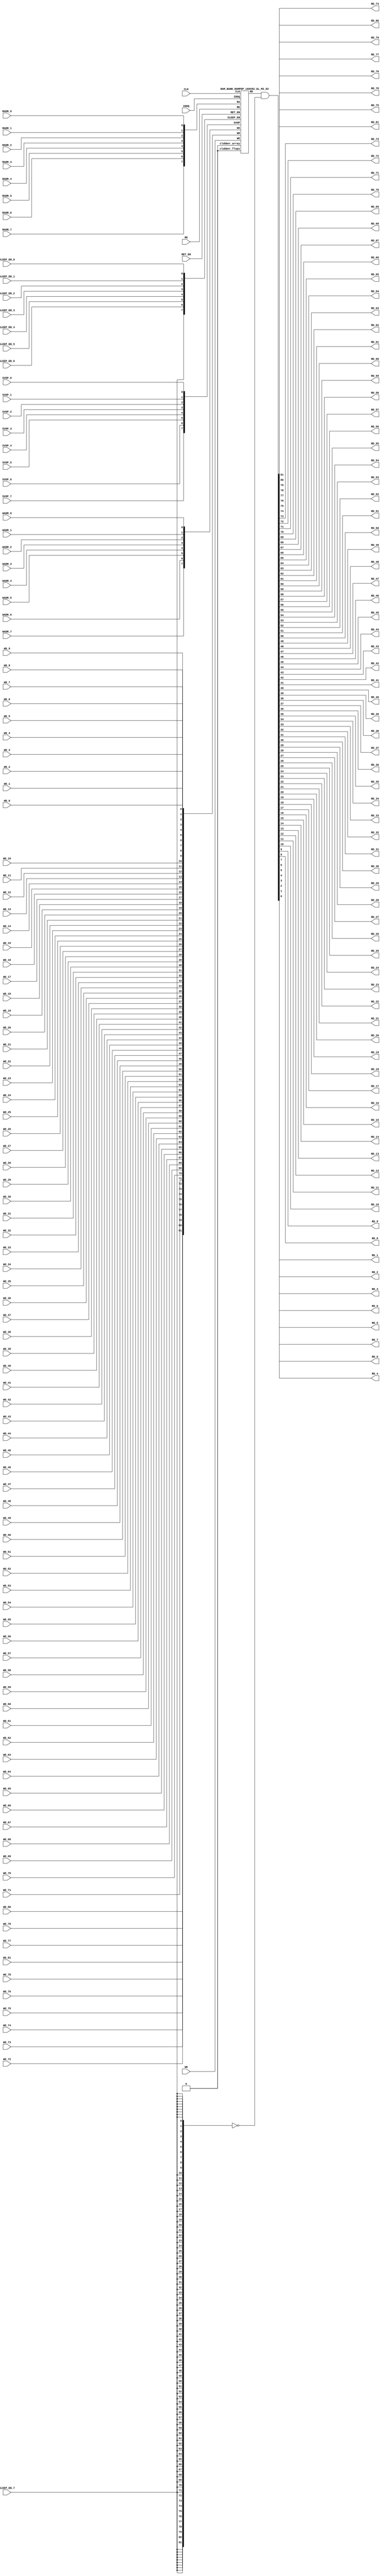
// ================================================================
// NVDLA Open Source Project
// 
// Copyright(c) 2016 - 2017 NVIDIA Corporation.  Licensed under the
// NVDLA Open Hardware License; Check "LICENSE" which comes with 
// this distribution for more information.
// ================================================================


`ifdef EMULATION
	`define SYNTHESIS
`endif

`ifndef SYNTHESIS
	`ifdef FAULT_INJECTION
		`define SIM_and_FAULT
	`endif
`endif

`ifndef SYNTHESIS
	`ifdef MONITOR
		`define SIM_and_MONITOR
	`endif
`endif


`ifndef SYNTHESIS 
`timescale 10ps/1ps
`endif 
`celldefine
module RAMPDP_160X82_GL_M2_D2 (  WE,  CLK, IDDQ, SVOP_0, SVOP_1, SVOP_2, SVOP_3, SVOP_4, SVOP_5, SVOP_6, SVOP_7 
,WD_81, WD_80, WD_79, WD_78, WD_77, WD_76, WD_75, WD_74, WD_73, WD_72, WD_71, WD_70, WD_69, WD_68, WD_67, WD_66, WD_65, WD_64, WD_63, WD_62, WD_61, WD_60, WD_59, WD_58, WD_57, WD_56, WD_55, WD_54, WD_53, WD_52, WD_51, WD_50, WD_49, WD_48, WD_47, WD_46, WD_45, WD_44, WD_43, WD_42, WD_41, WD_40, WD_39, WD_38, WD_37, WD_36, WD_35, WD_34, WD_33, WD_32, WD_31, WD_30, WD_29, WD_28, WD_27, WD_26, WD_25, WD_24, WD_23, WD_22, WD_21, WD_20, WD_19, WD_18, WD_17, WD_16, WD_15, WD_14, WD_13, WD_12, WD_11, WD_10, WD_9, WD_8, WD_7, WD_6, WD_5, WD_4, WD_3, WD_2, WD_1, WD_0,RD_81, RD_80, RD_79, RD_78, RD_77, RD_76, RD_75, RD_74, RD_73, RD_72, RD_71, RD_70, RD_69, RD_68, RD_67, RD_66, RD_65, RD_64, RD_63, RD_62, RD_61, RD_60, RD_59, RD_58, RD_57, RD_56, RD_55, RD_54, RD_53, RD_52, RD_51, RD_50, RD_49, RD_48, RD_47, RD_46, RD_45, RD_44, RD_43, RD_42, RD_41, RD_40, RD_39, RD_38, RD_37, RD_36, RD_35, RD_34, RD_33, RD_32, RD_31, RD_30, RD_29, RD_28, RD_27, RD_26, RD_25, RD_24, RD_23, RD_22, RD_21, RD_20, RD_19, RD_18, RD_17, RD_16, RD_15, RD_14, RD_13, RD_12, RD_11, RD_10, RD_9, RD_8, RD_7, RD_6, RD_5, RD_4, RD_3, RD_2, RD_1, RD_0, RE
, RADR_7, RADR_6, RADR_5, RADR_4, RADR_3, RADR_2, RADR_1, RADR_0, WADR_7, WADR_6, WADR_5, WADR_4, WADR_3, WADR_2, WADR_1, WADR_0, SLEEP_EN_7, SLEEP_EN_6, SLEEP_EN_5, SLEEP_EN_4, SLEEP_EN_3, SLEEP_EN_2, SLEEP_EN_1, SLEEP_EN_0, RET_EN
);

// nvProps NoBus SLEEP_EN_

`ifndef RAM_INTERFACE
`ifndef SYNTHESIS
// Physical ram size defined as localparam
parameter phy_rows = 80;
parameter phy_cols = 164;
parameter phy_rcols_pos = 164'b00000000000000000000000000000000000000000000000000000000000000000000000000000000000000000000000000000000000000000000000000000000000000000000000000000000000000000000;

`endif //SYNTHESIS
`endif //RAM_INTERFACE

// Test mode control ports
input IDDQ;
// Clock port
input CLK;
// SVOP ports
input SVOP_0, SVOP_1, SVOP_2, SVOP_3, SVOP_4, SVOP_5, SVOP_6, SVOP_7;
// Write data ports
input WD_81, WD_80, WD_79, WD_78, WD_77, WD_76, WD_75, WD_74, WD_73, WD_72, WD_71, WD_70, WD_69, WD_68, WD_67, WD_66, WD_65, WD_64, WD_63, WD_62, WD_61, WD_60, WD_59, WD_58, WD_57, WD_56, WD_55, WD_54, WD_53, WD_52, WD_51, WD_50, WD_49, WD_48, WD_47, WD_46, WD_45, WD_44, WD_43, WD_42, WD_41, WD_40, WD_39, WD_38, WD_37, WD_36, WD_35, WD_34, WD_33, WD_32, WD_31, WD_30, WD_29, WD_28, WD_27, WD_26, WD_25, WD_24, WD_23, WD_22, WD_21, WD_20, WD_19, WD_18, WD_17, WD_16, WD_15, WD_14, WD_13, WD_12, WD_11, WD_10, WD_9, WD_8, WD_7, WD_6, WD_5, WD_4, WD_3, WD_2, WD_1, WD_0;
// Read data ports
output RD_81, RD_80, RD_79, RD_78, RD_77, RD_76, RD_75, RD_74, RD_73, RD_72, RD_71, RD_70, RD_69, RD_68, RD_67, RD_66, RD_65, RD_64, RD_63, RD_62, RD_61, RD_60, RD_59, RD_58, RD_57, RD_56, RD_55, RD_54, RD_53, RD_52, RD_51, RD_50, RD_49, RD_48, RD_47, RD_46, RD_45, RD_44, RD_43, RD_42, RD_41, RD_40, RD_39, RD_38, RD_37, RD_36, RD_35, RD_34, RD_33, RD_32, RD_31, RD_30, RD_29, RD_28, RD_27, RD_26, RD_25, RD_24, RD_23, RD_22, RD_21, RD_20, RD_19, RD_18, RD_17, RD_16, RD_15, RD_14, RD_13, RD_12, RD_11, RD_10, RD_9, RD_8, RD_7, RD_6, RD_5, RD_4, RD_3, RD_2, RD_1, RD_0;
// Read enable ports
input RE;
// Write enable ports
input WE;
// Read address ports
input RADR_7, RADR_6, RADR_5, RADR_4, RADR_3, RADR_2, RADR_1, RADR_0;
// Write address ports
input WADR_7, WADR_6, WADR_5, WADR_4, WADR_3, WADR_2, WADR_1, WADR_0;

// PG Zone enables
input SLEEP_EN_0, SLEEP_EN_1, SLEEP_EN_2, SLEEP_EN_3, SLEEP_EN_4, SLEEP_EN_5, SLEEP_EN_6, SLEEP_EN_7, RET_EN;

`ifndef RAM_INTERFACE
wire VDD = 1'b1;
wire GND  = 1'b0;

// Combine the sleep enable pins into one bus
	wire [7:0] SLEEP_EN = {SLEEP_EN_7, SLEEP_EN_6, SLEEP_EN_5, SLEEP_EN_4, SLEEP_EN_3, SLEEP_EN_2, SLEEP_EN_1, SLEEP_EN_0};

// Signal to clamp the outputs when the VDD is power gated off.
	wire clamp_rd   = SLEEP_EN[7] ;

// State point clobering signals
// X-out state points when their power goes out
    wire clobber_x;
`ifndef SYNTHESIS
`ifdef DISABLE_REPAIR_X
    wire check_x = (RET_EN ^ (^SLEEP_EN[7:0]) ^  SVOP_0 ^ SVOP_1 ^ SVOP_2 ^ SVOP_3 ^ SVOP_4 ^ SVOP_5 ^ SVOP_6 ^ SVOP_7);
`else 
    wire check_x = (RET_EN ^ (^SLEEP_EN[7:0]) ^  SVOP_0 ^ SVOP_1 ^ SVOP_2 ^ SVOP_3 ^ SVOP_4 ^ SVOP_5 ^ SVOP_6 ^ SVOP_7 );
`endif 
    assign clobber_x = ((check_x === 1'bx) || (check_x === 1'bz))?1'b1:1'b0;
 
    wire clobber_array = (~RET_EN & (|SLEEP_EN[3:0]))  | clobber_x;
    wire clobber_flops = (|SLEEP_EN[7:4]) | clobber_x ;
`else //SYNTHESIS
    wire clobber_array = 1'b0;
    wire clobber_flops = 1'b0;
    assign clobber_x = 1'b0;
`endif //SYNTHESIS 

// Output valid signal
// Outputs are unknown in non-retention mode if VDDM is powered up , but VDD is not 
    wire outvalid;
	assign outvalid = ~(clobber_x | (~RET_EN & (|SLEEP_EN[3:0]) & (|(~SLEEP_EN[7:4]))));


//assemble & rename wires
// Extend the MSB's of the read/write addresses to cover all the flop inputs
// The number of address flops is fixed. Also combine all the individual *_* bits into one bus
	wire [7:0] RA = {RADR_7, RADR_6, RADR_5, RADR_4, RADR_3, RADR_2, RADR_1, RADR_0};
	wire [7:0] WA = {WADR_7, WADR_6, WADR_5, WADR_4, WADR_3, WADR_2, WADR_1, WADR_0};
// Combine all the write data input bits
	wire [81:0] WD = {WD_81, WD_80, WD_79, WD_78, WD_77, WD_76, WD_75, WD_74, WD_73, WD_72, WD_71, WD_70, WD_69, WD_68, WD_67, WD_66, WD_65, WD_64, WD_63, WD_62, WD_61, WD_60, WD_59, WD_58, WD_57, WD_56, WD_55, WD_54, WD_53, WD_52, WD_51, WD_50, WD_49, WD_48, WD_47, WD_46, WD_45, WD_44, WD_43, WD_42, WD_41, WD_40, WD_39, WD_38, WD_37, WD_36, WD_35, WD_34, WD_33, WD_32, WD_31, WD_30, WD_29, WD_28, WD_27, WD_26, WD_25, WD_24, WD_23, WD_22, WD_21, WD_20, WD_19, WD_18, WD_17, WD_16, WD_15, WD_14, WD_13, WD_12, WD_11, WD_10, WD_9, WD_8, WD_7, WD_6, WD_5, WD_4, WD_3, WD_2, WD_1, WD_0};
	wire [81:0] RD;
// Expand the read data bus into individual output bits
//	assign {RD_81, RD_80, RD_79, RD_78, RD_77, RD_76, RD_75, RD_74, RD_73, RD_72, RD_71, RD_70, RD_69, RD_68, RD_67, RD_66, RD_65, RD_64, RD_63, RD_62, RD_61, RD_60, RD_59, RD_58, RD_57, RD_56, RD_55, RD_54, RD_53, RD_52, RD_51, RD_50, RD_49, RD_48, RD_47, RD_46, RD_45, RD_44, RD_43, RD_42, RD_41, RD_40, RD_39, RD_38, RD_37, RD_36, RD_35, RD_34, RD_33, RD_32, RD_31, RD_30, RD_29, RD_28, RD_27, RD_26, RD_25, RD_24, RD_23, RD_22, RD_21, RD_20, RD_19, RD_18, RD_17, RD_16, RD_15, RD_14, RD_13, RD_12, RD_11, RD_10, RD_9, RD_8, RD_7, RD_6, RD_5, RD_4, RD_3, RD_2, RD_1, RD_0} = (outvalid) ? RD : 82'bx;
// Do the read data swizzing based on the number of words and bits. 
`ifndef SYNTHESIS
	assign {RD_81, RD_80, RD_79, RD_78, RD_77, RD_76, RD_75, RD_74, RD_73, RD_72, RD_71, RD_70, RD_69, RD_68, RD_67, RD_66, RD_65, RD_64, RD_63, RD_62, RD_61, RD_60, RD_59, RD_58, RD_57, RD_56, RD_55, RD_54, RD_53, RD_52, RD_51, RD_50, RD_49, RD_48, RD_47, RD_46, RD_45, RD_44, RD_43, RD_42, RD_41, RD_40, RD_39, RD_38, RD_37, RD_36, RD_35, RD_34, RD_33, RD_32, RD_31, RD_30, RD_29, RD_28, RD_27, RD_26, RD_25, RD_24, RD_23, RD_22, RD_21, RD_20, RD_19, RD_18, RD_17, RD_16, RD_15, RD_14, RD_13, RD_12, RD_11, RD_10, RD_9, RD_8, RD_7, RD_6, RD_5, RD_4, RD_3, RD_2, RD_1, RD_0} = (outvalid) ? RD & ~{82{clamp_rd}} : 82'bx;
`else
	assign {RD_81, RD_80, RD_79, RD_78, RD_77, RD_76, RD_75, RD_74, RD_73, RD_72, RD_71, RD_70, RD_69, RD_68, RD_67, RD_66, RD_65, RD_64, RD_63, RD_62, RD_61, RD_60, RD_59, RD_58, RD_57, RD_56, RD_55, RD_54, RD_53, RD_52, RD_51, RD_50, RD_49, RD_48, RD_47, RD_46, RD_45, RD_44, RD_43, RD_42, RD_41, RD_40, RD_39, RD_38, RD_37, RD_36, RD_35, RD_34, RD_33, RD_32, RD_31, RD_30, RD_29, RD_28, RD_27, RD_26, RD_25, RD_24, RD_23, RD_22, RD_21, RD_20, RD_19, RD_18, RD_17, RD_16, RD_15, RD_14, RD_13, RD_12, RD_11, RD_10, RD_9, RD_8, RD_7, RD_6, RD_5, RD_4, RD_3, RD_2, RD_1, RD_0} =  RD & ~{82{clamp_rd}};
`endif
	wire [7:0] SVOP = {SVOP_7, SVOP_6, SVOP_5, SVOP_4, SVOP_3, SVOP_2, SVOP_1, SVOP_0};


`ifndef EMULATION

// Instantiate memory bank
// This block defines the core functionality of the rams.
	RAM_BANK_RAMPDP_160X82_GL_M2_D2 ITOP ( WE, CLK, IDDQ, SVOP, WD, RD, RE, RA, WA
, SLEEP_EN
,  RET_EN, clobber_array , clobber_flops 
);

`ifndef SYNTHESIS 
// Tasks for initializing the arrays
//VCS coverage off    
always  @(clobber_array) begin : clobber_array_block
    integer i;
    if (clobber_array) begin
	    for (i=0; i<160; i=i+1) begin
		     mem_wr_raw(i, {82{1'bx}});
		end
    end
end


always  @(clobber_flops) begin
  if (clobber_flops) begin
      ITOP.RE_LATB <= 1'bx;
      ITOP.RE_FF <= 1'bx;
      ITOP.WE_LATB <= 1'bx;
      ITOP.WE_FF <= 1'bx;
      ITOP.RADR <= 8'bx;
      ITOP.WADR <= 8'bx;
      ITOP.WAFF <= 8'bx;
      ITOP.WDQ_pr <= 82'bx;
      ITOP.dout <= 82'bx;
  end
end  
//VCS coverage on    

//VCS coverage off    
task mem_wr_raw;
  input [7:0] addr;
  input [81:0] data;
  begin
    if (addr[0] == 1'b0) 
        ITOP.iow0.mem_wr_raw_subbank(addr[7:1], data);
    else if (addr[0] == 1'b1)
        ITOP.iow1.mem_wr_raw_subbank(addr[7:1], data);
  end
endtask

// Ramgen function for writing the arrays 
task mem_write;
  input [7:0] addr;
  input [81:0] data;
  begin
    ITOP.mem_write_bank(addr,data);
  end
endtask

// Ramgen function for reading the arrays 
function [81:0] mem_read;
input [7:0] addr;
  begin
        mem_read = ITOP.mem_read_bank(addr);
  end
endfunction


// Random only generates 32 bit value.
// If nbits > 32, call it multiple times
// Old random fill fills all memory locations with same random value


task mem_fill_random;
	reg [81:0] val;
	integer i;
	begin
		for (i=0; i<160; i=i+1) begin
		    val = {$random, $random, $random};
		    mem_wr_raw(i, val);
		end
	end 
endtask

// Fill the memory with a given bit value 
task mem_fill_value;
    input fill_bit;
	reg [81:0] val;
    integer i;
    begin
        val = {82{fill_bit}};
        for (i=0; i<160; i=i+1) begin
		    mem_wr_raw(i, val);
        end
    end
endtask 

// read logical address and feed into salat
task force_rd;
input [7:0] addr;
	reg [81:0] rd;

	`ifdef USE_RAMINIT_LIBS
	reg raminit_active, raminit_argcheck, raminit_debug, raminit_enable, raminit_random, raminit_invert,
	    raminit_val, raminit_waitclock, raminit_use_force;
	real raminit_delay_ns, raminit_waitclock_check_ns;
	initial
	begin
	  raminit_active    = 0; // default is inactive (plusarg to active the ram init functionality)
	  raminit_argcheck  = 0; // default is no plusargs check (apart from raminit_active and raminit_argcheck)
	  raminit_debug     = 0; // default is no debug messages
	  raminit_enable    = 0; // default is no init (variable indicating if the ram init functionality is enabled for this instance)
	  raminit_random    = 0; // default is no random init
	  raminit_invert    = 0; // default is not to invert the init value
	  raminit_val       = 0; // default init value is zero
	  raminit_waitclock = 0; // default is not to wait to clock to be non-X
	  raminit_use_force = 1; // default is to use force/release
	  raminit_delay_ns           = `ifdef NV_TOP_RESET_ON_DELAY  (`NV_TOP_RESET_ON_DELAY+2) `else 3 `endif; // default is 2ns after nv_top_reset_ goes low or ram clock is not X
	  raminit_waitclock_check_ns = `ifdef NV_TOP_RESET_OFF_DELAY (`NV_TOP_RESET_OFF_DELAY)  `else 0 `endif; // default is when nv_top_reset_ goes high
	  $value$plusargs("raminit_active=%d",    raminit_active);
	  $value$plusargs("raminit_argcheck=%d",  raminit_argcheck);
	  if (raminit_argcheck)
	  begin
	    // The following variables are not usually used as plusargs, but instead set through add_inst_array calls or the init_inst_file.
	    $value$plusargs("raminit_debug=%d",              raminit_debug);
	    $value$plusargs("raminit_enable=%d",             raminit_enable);
	    $value$plusargs("raminit_random=%d",             raminit_random);
	    $value$plusargs("raminit_invert=%d",             raminit_invert);
	    $value$plusargs("raminit_val=%d",                raminit_val);
	    $value$plusargs("raminit_waitclock=%d",          raminit_waitclock);
	    $value$plusargs("raminit_delay_ns=%f",           raminit_delay_ns);
	    $value$plusargs("raminit_waitclock_check_ns=%f", raminit_waitclock_check_ns);
	    $value$plusargs("raminit_use_force=%d",          raminit_use_force);
	  end
	  `ifdef INST_CHECK
	  `INST_CHECK(ram_inst_check0,raminit_active,raminit_debug,raminit_enable,raminit_random,raminit_val,raminit_invert,raminit_waitclock,raminit_delay_ns,raminit_waitclock_check_ns);
	  `endif
	  if (!raminit_active)  raminit_enable = 0;
	  else if (raminit_enable)
	  begin
	    if (raminit_random) raminit_val = `ifdef NO_PLI 1'b0 `else $RollPLI(0,1) `endif;
	    if (raminit_invert) raminit_val = ~raminit_val;
	  end
	  if (raminit_debug)
	  begin
	    $display("%m: raminit_active              = %d", raminit_active);
	    $display("%m: raminit_argcheck            = %d", raminit_argcheck);
	    $display("%m: raminit_debug               = %d", raminit_debug);
	    $display("%m: raminit_enable              = %d", raminit_enable);
	    $display("%m: raminit_random              = %d", raminit_random);
	    $display("%m: raminit_invert              = %d", raminit_invert);
	    $display("%m: raminit_val                 = %d", raminit_val);
	    $display("%m: raminit_waitclock           = %d", raminit_waitclock);
	    $display("%m: raminit_delay_ns            = %f ns", raminit_delay_ns);
	    $display("%m: raminit_waitclock_check_ns  = %f ns", raminit_waitclock_check_ns);
	    $display("%m: raminit_use_force           = %d", raminit_use_force);
	  end
	end
	`endif

	`ifdef USE_RAMINIT_LIBS
	// init rd
	task init_rd_regs;
	begin
	  #0; // wait for raminit variables to be set
	  if (raminit_enable)
	  begin : raminit_val_blk
	    reg [82-1:0] raminit_fullval;
	    if (raminit_random)  raminit_fullval = `ifdef NO_PLI {82 {1'b1}} `else { $RollPLI(0,{32{1'b1}}), $RollPLI(0,{32{1'b1}}), $RollPLI(0,{18{1'b1}}) } `endif ;
	    else                 raminit_fullval = {82 {raminit_val}};
	    if (raminit_invert)  raminit_fullval = ~raminit_fullval;
	    if (raminit_use_force)  force rd = raminit_fullval;
	    if (raminit_waitclock)  wait ( !== 1'bx);
	    #(raminit_delay_ns*100);
	    `ifdef INST_WAITCLOCK_CHECK
	    `INST_WAITCLOCK_CHECK(waitclock_inst_check0,raminit_waitclock,raminit_waitclock_check_ns,100)
	    `endif
	    if (raminit_use_force)  release rd;
	    rd = raminit_fullval;
	  end
	end
	endtask
	initial begin init_rd_regs();  end
	`ifdef RAMINIT_TRIGGER
	always @(`RAMINIT_TRIGGER)  init_rd_regs();
	`endif
	`endif // `ifdef USE_RAMINIT_LIBS

	begin
        if (addr[0] == 1'b0) 
            rd = ITOP.iow0.mem_read_raw_subbank(addr[7:1]);
        else if (addr[0] == 1'b1)
            rd = ITOP.iow1.mem_read_raw_subbank(addr[7:1]);
		ITOP.dout = rd;
	end
endtask

`ifdef MEM_PHYS_INFO
//function for physical array read row, takes physical address
function [163:0] mem_phys_read_padr;
input [6:0] addr;
	reg [163:0] rd_row;

	`ifdef USE_RAMINIT_LIBS
	// init rd_row
	task init_rd_row_regs;
	begin
	  #0; // wait for raminit variables to be set
	  if (raminit_enable)
	  begin : raminit_val_blk
	    reg [164-1:0] raminit_fullval;
	    if (raminit_random)  raminit_fullval = `ifdef NO_PLI {164 {1'b1}} `else { $RollPLI(0,{32{1'b1}}), $RollPLI(0,{32{1'b1}}), $RollPLI(0,{32{1'b1}}), $RollPLI(0,{32{1'b1}}), $RollPLI(0,{32{1'b1}}), $RollPLI(0,{4{1'b1}}) } `endif ;
	    else                 raminit_fullval = {164 {raminit_val}};
	    if (raminit_invert)  raminit_fullval = ~raminit_fullval;
	    if (raminit_use_force)  force rd_row = raminit_fullval;
	    if (raminit_waitclock)  wait ( !== 1'bx);
	    #(raminit_delay_ns*100);
	    `ifdef INST_WAITCLOCK_CHECK
	    `INST_WAITCLOCK_CHECK(waitclock_inst_check1,raminit_waitclock,raminit_waitclock_check_ns,100)
	    `endif
	    if (raminit_use_force)  release rd_row;
	    rd_row = raminit_fullval;
	  end
	end
	endtask
	initial begin init_rd_row_regs();  end
	`ifdef RAMINIT_TRIGGER
	always @(`RAMINIT_TRIGGER)  init_rd_row_regs();
	`endif
	`endif // `ifdef USE_RAMINIT_LIBS

	reg [81:0] rd[1:0];
	integer i;
	begin
        rd[0] = ITOP.iow0.mem_read_raw_subbank(addr);
        rd[1] = ITOP.iow1.mem_read_raw_subbank(addr);
        for (i=0; i<=81; i=i+1) begin
            rd_row[i*2+0] = rd[0][i];
            rd_row[i*2+1] = rd[1][i];
		end
		mem_phys_read_padr = rd_row;
	end
endfunction

//function for physical array read row, takes logical address
function [163:0] mem_phys_read_ladr;
input [7:0] addr;
    reg [6:0] paddr;
	reg [163:0] rd_row;

	`ifdef USE_RAMINIT_LIBS
	// init rd_row
	task init_rd_row_regs;
	begin
	  #0; // wait for raminit variables to be set
	  if (raminit_enable)
	  begin : raminit_val_blk
	    reg [164-1:0] raminit_fullval;
	    if (raminit_random)  raminit_fullval = `ifdef NO_PLI {164 {1'b1}} `else { $RollPLI(0,{32{1'b1}}), $RollPLI(0,{32{1'b1}}), $RollPLI(0,{32{1'b1}}), $RollPLI(0,{32{1'b1}}), $RollPLI(0,{32{1'b1}}), $RollPLI(0,{4{1'b1}}) } `endif ;
	    else                 raminit_fullval = {164 {raminit_val}};
	    if (raminit_invert)  raminit_fullval = ~raminit_fullval;
	    if (raminit_use_force)  force rd_row = raminit_fullval;
	    if (raminit_waitclock)  wait ( !== 1'bx);
	    #(raminit_delay_ns*100);
	    `ifdef INST_WAITCLOCK_CHECK
	    `INST_WAITCLOCK_CHECK(waitclock_inst_check2,raminit_waitclock,raminit_waitclock_check_ns,100)
	    `endif
	    if (raminit_use_force)  release rd_row;
	    rd_row = raminit_fullval;
	  end
	end
	endtask
	initial begin init_rd_row_regs();  end
	`ifdef RAMINIT_TRIGGER
	always @(`RAMINIT_TRIGGER)  init_rd_row_regs();
	`endif
	`endif // `ifdef USE_RAMINIT_LIBS

	reg [81:0] rd[1:0];
	integer i;
	begin
        paddr = (addr >> 1);
        rd[0] = ITOP.iow0.mem_read_raw_subbank(paddr);
        rd[1] = ITOP.iow1.mem_read_raw_subbank(paddr);
        for (i=0; i<=81; i=i+1) begin
            rd_row[i*2+0] = rd[0][i];
            rd_row[i*2+1] = rd[1][i];
		end
		mem_phys_read_ladr = rd_row;
	end
endfunction


//function for physical array read row with column masking, takes logical address
function [163:0] mem_phys_read_pmasked;
input [7:0] addr;
   reg [163:0] rd_row;

   `ifdef USE_RAMINIT_LIBS
   // init rd_row
   task init_rd_row_regs;
   begin
     #0; // wait for raminit variables to be set
     if (raminit_enable)
     begin : raminit_val_blk
       reg [164-1:0] raminit_fullval;
       if (raminit_random)  raminit_fullval = `ifdef NO_PLI {164 {1'b1}} `else { $RollPLI(0,{32{1'b1}}), $RollPLI(0,{32{1'b1}}), $RollPLI(0,{32{1'b1}}), $RollPLI(0,{32{1'b1}}), $RollPLI(0,{32{1'b1}}), $RollPLI(0,{4{1'b1}}) } `endif ;
       else                 raminit_fullval = {164 {raminit_val}};
       if (raminit_invert)  raminit_fullval = ~raminit_fullval;
       if (raminit_use_force)  force rd_row = raminit_fullval;
       if (raminit_waitclock)  wait ( !== 1'bx);
       #(raminit_delay_ns*100);
       `ifdef INST_WAITCLOCK_CHECK
       `INST_WAITCLOCK_CHECK(waitclock_inst_check3,raminit_waitclock,raminit_waitclock_check_ns,100)
       `endif
       if (raminit_use_force)  release rd_row;
       rd_row = raminit_fullval;
     end
   end
   endtask
   initial begin init_rd_row_regs();  end
   `ifdef RAMINIT_TRIGGER
   always @(`RAMINIT_TRIGGER)  init_rd_row_regs();
   `endif
   `endif // `ifdef USE_RAMINIT_LIBS

   reg [81:0] rd[1 : 0];
   integer i;
   begin
        rd[0] = (addr[0:0] === 0) ? ITOP.iow0.mem_read_raw_subbank(addr[7:1]) : 82'bx;
        rd[1] = (addr[0:0] === 1) ? ITOP.iow1.mem_read_raw_subbank(addr[7:1]) : 82'bx;
        for (i=0; i<=81; i=i+1) begin
            rd_row[i*2+0] = rd[0][i];
            rd_row[i*2+1] = rd[1][i];
        end
        mem_phys_read_pmasked = rd_row;
    end
endfunction

//Task for physical array write row, takes physical address
task mem_phys_write;
input [6:0] addr;
input [163:0] data;
	reg [81:0] wr[1:0];
	integer i;
	begin
        for (i=0; i<=81; i=i+1) begin
            wr[0][i] = data[i*2+0];
            wr[1][i] = data[i*2+1];
		end
        ITOP.iow0.mem_wr_raw_subbank(addr,wr[0]);
        ITOP.iow1.mem_wr_raw_subbank(addr,wr[1]);
	end
endtask

// Function to return a physical address given a logical address input.
function [6:0] mem_log_to_phys_adr;
input [7:0] addr;
    begin
        mem_log_to_phys_adr = (addr >> 1) ; 
    end
endfunction 
`endif //MEM_PHYS_INFO

`ifdef MONITOR
// Monitor dump trigger
reg dump_monitor_result;

initial begin : init_monitor
  dump_monitor_result = 1'b0;
end

task monitor_on;
    begin
		ITOP.iow0.monitor_on = 1'b1;
		ITOP.iow1.monitor_on = 1'b1;
   end
endtask

task monitor_off;
    begin
		ITOP.iow0.monitor_on = 1'b0;
		ITOP.iow1.monitor_on = 1'b0;
        dump_monitor_result = 1'b1;
    end
endtask

// read bit_written monitor row by physical address from subarray
function [163:0] mon_bit_w;
input [6:0] addr;
	reg [163:0] mon_row;
	reg [81:0] mon_word[1:0];
	integer i;
	begin
		// read all monitor words for a row
		mon_word[0] = ITOP.iow0.bit_written[addr];
		mon_word[1] = ITOP.iow1.bit_written[addr];
		// combine all 2 words to a row
		for (i=0; i<=81; i=i+1) begin
			mon_row[i*2+0] = mon_word[0][i];
			mon_row[i*2+1] = mon_word[1][i];
		end
		mon_bit_w = mon_row;
	end
endfunction

// read bit_read monitor word by address from subarray
function [163:0] mon_bit_r;
input [6:0] addr;
	reg [163:0] mon_row;
	reg [81:0] mon_word[1:0];
	integer i;
	begin
		// read all monitor words for a row
		mon_word[0] = ITOP.iow0.bit_read[addr];
		mon_word[1] = ITOP.iow1.bit_read[addr];
		// combine all 2 words to a row
		for (i=0; i<=81; i=i+1) begin
			mon_row[i*2+0] = mon_word[0][i];
			mon_row[i*2+1] = mon_word[1][i];
		end
		mon_bit_r = mon_row;
	end
endfunction

// read word_written monitor row by physical address from subarray
function  mon_word_w;
input [6:0] addr;
	reg mon_word[1:0];
	integer i;
	begin
		// read all monitor words for a row
		mon_word[0] = ITOP.iow0.word_written[addr];
		mon_word[1] = ITOP.iow1.word_written[addr];
		// combine all 2 words to a row
		mon_word_w = mon_word[0] | mon_word[1] ;
	end
endfunction

// read word_read monitor row by physical address from subarray
function  mon_word_r;
input [6:0] addr;
	reg mon_word[1:0];
	integer i;
	begin
		// read all monitor words for a row
		mon_word[0] = ITOP.iow0.word_read[addr];
		mon_word[1] = ITOP.iow1.word_read[addr];
		// combine all 2 words to a row
		mon_word_r = mon_word[0] | mon_word[1] ;
	end
endfunction

always @(dump_monitor_result) begin : dump_monitor
	integer i;
	integer j;
	reg [163:0] tmp_row;
    reg tmp_bit;
	if (dump_monitor_result == 1'b1) begin
	    $display("Exercised coverage summary:");
        $display("\t%m rows unwritten:");
        for(i=0;i<=80;i=i+1) begin
			tmp_bit = mon_word_w(i);
            if (tmp_bit !== 1) $display("\t\trow %d", i);
		end
        $display("\t%m rows unread:");
        for(i=0;i<=80;i=i+1) begin
			tmp_bit = mon_word_r(i);
            if (tmp_bit !== 1) $display("\t\trow %d", i);
		end
		$display("\t%m bits not written as 0:");
		for (i=0; i<80; i=i+1) begin
			tmp_row = mon_bit_w(i);
			for (j=0; j<164; j=j+1) begin
				if (tmp_row[j] !== 1'b0 && tmp_row[j] !== 1'bz) $display("\t\t[row,bit] [%d,%d]", i, j);
			end
		end
		$display("\t%m bits not written as 1:");
		for (i=0; i<80; i=i+1) begin
			tmp_row = mon_bit_w(i);
			for (j=0; j<164; j=j+1) begin
				if (tmp_row[j] !== 1'b1 && tmp_row[j] !== 1'bz) $display("\t\t[row,bit] [%d,%d]", i, j);
			end
		end
		$display("\t%m bits not read as 0:");
		for (i=0; i<80; i=i+1) begin
			tmp_row = mon_bit_r(i);
			for (j=0; j<164; j=j+1) begin
				if (tmp_row[j] !== 1'b0 && tmp_row[j] !== 1'bz) $display("\t\t[row,bit] [%d,%d]", i, j);
			end
		end
		$display("\t%m bits not read as 1:");
		for (i=0; i<80; i=i+1) begin
			tmp_row = mon_bit_r(i);
			for (j=0; j<164; j=j+1) begin
				if (tmp_row[j] !== 1'b1 && tmp_row[j] !== 1'bz) $display("\t\t[row,bit] [%d,%d]", i, j);
			end
		end
		dump_monitor_result = 1'b0;
	end
end

//VCS coverage on    
`endif // MONITOR

`ifdef NV_RAM_EXPAND_ARRAY
wire [81:0] Q_0 = ITOP.iow0.arr[0];
wire [81:0] Q_1 = ITOP.iow1.arr[0];
wire [81:0] Q_2 = ITOP.iow0.arr[1];
wire [81:0] Q_3 = ITOP.iow1.arr[1];
wire [81:0] Q_4 = ITOP.iow0.arr[2];
wire [81:0] Q_5 = ITOP.iow1.arr[2];
wire [81:0] Q_6 = ITOP.iow0.arr[3];
wire [81:0] Q_7 = ITOP.iow1.arr[3];
wire [81:0] Q_8 = ITOP.iow0.arr[4];
wire [81:0] Q_9 = ITOP.iow1.arr[4];
wire [81:0] Q_10 = ITOP.iow0.arr[5];
wire [81:0] Q_11 = ITOP.iow1.arr[5];
wire [81:0] Q_12 = ITOP.iow0.arr[6];
wire [81:0] Q_13 = ITOP.iow1.arr[6];
wire [81:0] Q_14 = ITOP.iow0.arr[7];
wire [81:0] Q_15 = ITOP.iow1.arr[7];
wire [81:0] Q_16 = ITOP.iow0.arr[8];
wire [81:0] Q_17 = ITOP.iow1.arr[8];
wire [81:0] Q_18 = ITOP.iow0.arr[9];
wire [81:0] Q_19 = ITOP.iow1.arr[9];
wire [81:0] Q_20 = ITOP.iow0.arr[10];
wire [81:0] Q_21 = ITOP.iow1.arr[10];
wire [81:0] Q_22 = ITOP.iow0.arr[11];
wire [81:0] Q_23 = ITOP.iow1.arr[11];
wire [81:0] Q_24 = ITOP.iow0.arr[12];
wire [81:0] Q_25 = ITOP.iow1.arr[12];
wire [81:0] Q_26 = ITOP.iow0.arr[13];
wire [81:0] Q_27 = ITOP.iow1.arr[13];
wire [81:0] Q_28 = ITOP.iow0.arr[14];
wire [81:0] Q_29 = ITOP.iow1.arr[14];
wire [81:0] Q_30 = ITOP.iow0.arr[15];
wire [81:0] Q_31 = ITOP.iow1.arr[15];
wire [81:0] Q_32 = ITOP.iow0.arr[16];
wire [81:0] Q_33 = ITOP.iow1.arr[16];
wire [81:0] Q_34 = ITOP.iow0.arr[17];
wire [81:0] Q_35 = ITOP.iow1.arr[17];
wire [81:0] Q_36 = ITOP.iow0.arr[18];
wire [81:0] Q_37 = ITOP.iow1.arr[18];
wire [81:0] Q_38 = ITOP.iow0.arr[19];
wire [81:0] Q_39 = ITOP.iow1.arr[19];
wire [81:0] Q_40 = ITOP.iow0.arr[20];
wire [81:0] Q_41 = ITOP.iow1.arr[20];
wire [81:0] Q_42 = ITOP.iow0.arr[21];
wire [81:0] Q_43 = ITOP.iow1.arr[21];
wire [81:0] Q_44 = ITOP.iow0.arr[22];
wire [81:0] Q_45 = ITOP.iow1.arr[22];
wire [81:0] Q_46 = ITOP.iow0.arr[23];
wire [81:0] Q_47 = ITOP.iow1.arr[23];
wire [81:0] Q_48 = ITOP.iow0.arr[24];
wire [81:0] Q_49 = ITOP.iow1.arr[24];
wire [81:0] Q_50 = ITOP.iow0.arr[25];
wire [81:0] Q_51 = ITOP.iow1.arr[25];
wire [81:0] Q_52 = ITOP.iow0.arr[26];
wire [81:0] Q_53 = ITOP.iow1.arr[26];
wire [81:0] Q_54 = ITOP.iow0.arr[27];
wire [81:0] Q_55 = ITOP.iow1.arr[27];
wire [81:0] Q_56 = ITOP.iow0.arr[28];
wire [81:0] Q_57 = ITOP.iow1.arr[28];
wire [81:0] Q_58 = ITOP.iow0.arr[29];
wire [81:0] Q_59 = ITOP.iow1.arr[29];
wire [81:0] Q_60 = ITOP.iow0.arr[30];
wire [81:0] Q_61 = ITOP.iow1.arr[30];
wire [81:0] Q_62 = ITOP.iow0.arr[31];
wire [81:0] Q_63 = ITOP.iow1.arr[31];
wire [81:0] Q_64 = ITOP.iow0.arr[32];
wire [81:0] Q_65 = ITOP.iow1.arr[32];
wire [81:0] Q_66 = ITOP.iow0.arr[33];
wire [81:0] Q_67 = ITOP.iow1.arr[33];
wire [81:0] Q_68 = ITOP.iow0.arr[34];
wire [81:0] Q_69 = ITOP.iow1.arr[34];
wire [81:0] Q_70 = ITOP.iow0.arr[35];
wire [81:0] Q_71 = ITOP.iow1.arr[35];
wire [81:0] Q_72 = ITOP.iow0.arr[36];
wire [81:0] Q_73 = ITOP.iow1.arr[36];
wire [81:0] Q_74 = ITOP.iow0.arr[37];
wire [81:0] Q_75 = ITOP.iow1.arr[37];
wire [81:0] Q_76 = ITOP.iow0.arr[38];
wire [81:0] Q_77 = ITOP.iow1.arr[38];
wire [81:0] Q_78 = ITOP.iow0.arr[39];
wire [81:0] Q_79 = ITOP.iow1.arr[39];
wire [81:0] Q_80 = ITOP.iow0.arr[40];
wire [81:0] Q_81 = ITOP.iow1.arr[40];
wire [81:0] Q_82 = ITOP.iow0.arr[41];
wire [81:0] Q_83 = ITOP.iow1.arr[41];
wire [81:0] Q_84 = ITOP.iow0.arr[42];
wire [81:0] Q_85 = ITOP.iow1.arr[42];
wire [81:0] Q_86 = ITOP.iow0.arr[43];
wire [81:0] Q_87 = ITOP.iow1.arr[43];
wire [81:0] Q_88 = ITOP.iow0.arr[44];
wire [81:0] Q_89 = ITOP.iow1.arr[44];
wire [81:0] Q_90 = ITOP.iow0.arr[45];
wire [81:0] Q_91 = ITOP.iow1.arr[45];
wire [81:0] Q_92 = ITOP.iow0.arr[46];
wire [81:0] Q_93 = ITOP.iow1.arr[46];
wire [81:0] Q_94 = ITOP.iow0.arr[47];
wire [81:0] Q_95 = ITOP.iow1.arr[47];
wire [81:0] Q_96 = ITOP.iow0.arr[48];
wire [81:0] Q_97 = ITOP.iow1.arr[48];
wire [81:0] Q_98 = ITOP.iow0.arr[49];
wire [81:0] Q_99 = ITOP.iow1.arr[49];
wire [81:0] Q_100 = ITOP.iow0.arr[50];
wire [81:0] Q_101 = ITOP.iow1.arr[50];
wire [81:0] Q_102 = ITOP.iow0.arr[51];
wire [81:0] Q_103 = ITOP.iow1.arr[51];
wire [81:0] Q_104 = ITOP.iow0.arr[52];
wire [81:0] Q_105 = ITOP.iow1.arr[52];
wire [81:0] Q_106 = ITOP.iow0.arr[53];
wire [81:0] Q_107 = ITOP.iow1.arr[53];
wire [81:0] Q_108 = ITOP.iow0.arr[54];
wire [81:0] Q_109 = ITOP.iow1.arr[54];
wire [81:0] Q_110 = ITOP.iow0.arr[55];
wire [81:0] Q_111 = ITOP.iow1.arr[55];
wire [81:0] Q_112 = ITOP.iow0.arr[56];
wire [81:0] Q_113 = ITOP.iow1.arr[56];
wire [81:0] Q_114 = ITOP.iow0.arr[57];
wire [81:0] Q_115 = ITOP.iow1.arr[57];
wire [81:0] Q_116 = ITOP.iow0.arr[58];
wire [81:0] Q_117 = ITOP.iow1.arr[58];
wire [81:0] Q_118 = ITOP.iow0.arr[59];
wire [81:0] Q_119 = ITOP.iow1.arr[59];
wire [81:0] Q_120 = ITOP.iow0.arr[60];
wire [81:0] Q_121 = ITOP.iow1.arr[60];
wire [81:0] Q_122 = ITOP.iow0.arr[61];
wire [81:0] Q_123 = ITOP.iow1.arr[61];
wire [81:0] Q_124 = ITOP.iow0.arr[62];
wire [81:0] Q_125 = ITOP.iow1.arr[62];
wire [81:0] Q_126 = ITOP.iow0.arr[63];
wire [81:0] Q_127 = ITOP.iow1.arr[63];
wire [81:0] Q_128 = ITOP.iow0.arr[64];
wire [81:0] Q_129 = ITOP.iow1.arr[64];
wire [81:0] Q_130 = ITOP.iow0.arr[65];
wire [81:0] Q_131 = ITOP.iow1.arr[65];
wire [81:0] Q_132 = ITOP.iow0.arr[66];
wire [81:0] Q_133 = ITOP.iow1.arr[66];
wire [81:0] Q_134 = ITOP.iow0.arr[67];
wire [81:0] Q_135 = ITOP.iow1.arr[67];
wire [81:0] Q_136 = ITOP.iow0.arr[68];
wire [81:0] Q_137 = ITOP.iow1.arr[68];
wire [81:0] Q_138 = ITOP.iow0.arr[69];
wire [81:0] Q_139 = ITOP.iow1.arr[69];
wire [81:0] Q_140 = ITOP.iow0.arr[70];
wire [81:0] Q_141 = ITOP.iow1.arr[70];
wire [81:0] Q_142 = ITOP.iow0.arr[71];
wire [81:0] Q_143 = ITOP.iow1.arr[71];
wire [81:0] Q_144 = ITOP.iow0.arr[72];
wire [81:0] Q_145 = ITOP.iow1.arr[72];
wire [81:0] Q_146 = ITOP.iow0.arr[73];
wire [81:0] Q_147 = ITOP.iow1.arr[73];
wire [81:0] Q_148 = ITOP.iow0.arr[74];
wire [81:0] Q_149 = ITOP.iow1.arr[74];
wire [81:0] Q_150 = ITOP.iow0.arr[75];
wire [81:0] Q_151 = ITOP.iow1.arr[75];
wire [81:0] Q_152 = ITOP.iow0.arr[76];
wire [81:0] Q_153 = ITOP.iow1.arr[76];
wire [81:0] Q_154 = ITOP.iow0.arr[77];
wire [81:0] Q_155 = ITOP.iow1.arr[77];
wire [81:0] Q_156 = ITOP.iow0.arr[78];
wire [81:0] Q_157 = ITOP.iow1.arr[78];
wire [81:0] Q_158 = ITOP.iow0.arr[79];
wire [81:0] Q_159 = ITOP.iow1.arr[79];
`endif //NV_RAM_EXPAND_ARRAY
`endif //SYNTHESIS

`ifdef FAULT_INJECTION
// BIST stuck at tasks
// induce faults on columns
//VCS coverage off    
task mem_fault_no_write;
input [81:0] fault_mask;
    begin
        ITOP.iow0.mem_fault_no_write_subbank(fault_mask);
        ITOP.iow1.mem_fault_no_write_subbank(fault_mask);
    end
endtask

task mem_fault_stuck_0;
input [81:0] fault_mask;
    begin
        ITOP.iow0.mem_fault_stuck_0_subbank(fault_mask);
        ITOP.iow1.mem_fault_stuck_0_subbank(fault_mask);
    end
endtask

task mem_fault_stuck_1;
input [81:0] fault_mask;
    begin
        ITOP.iow0.mem_fault_stuck_1_subbank(fault_mask);
        ITOP.iow1.mem_fault_stuck_1_subbank(fault_mask);
    end
endtask

task set_bit_fault_stuck_0;
input r;
input c;
integer r;
integer c;

  if ( (r % 2) == 0) 
    ITOP.iow0.set_bit_fault_stuck_0_subbank((r/2), c);
  else if  ( (r % 2) == 1)
    ITOP.iow1.set_bit_fault_stuck_0_subbank((r/2), c);

endtask

task set_bit_fault_stuck_1;
input r;
input c;
integer r;
integer c;
 
    if ( (r % 2) == 0) 
    ITOP.iow0.set_bit_fault_stuck_1_subbank((r/2), c);
  else if  ( (r % 2) == 1)
    ITOP.iow1.set_bit_fault_stuck_1_subbank((r/2), c);

endtask

task clear_bit_fault_stuck_0;
input r;
input c;
integer r;
integer c;

  if ( (r % 2) == 0) 
    ITOP.iow0.clear_bit_fault_stuck_0_subbank((r/2), c);
  else if  ( (r % 2) == 1)
    ITOP.iow1.clear_bit_fault_stuck_0_subbank((r/2), c);

endtask

task clear_bit_fault_stuck_1;
input r;
input c;
integer r;
integer c;

  if ( (r % 2) == 0) 
    ITOP.iow0.clear_bit_fault_stuck_1_subbank((r/2), c);
  else if  ( (r % 2) == 1)
    ITOP.iow1.clear_bit_fault_stuck_1_subbank((r/2), c);

endtask
//VCS coverage on    

`endif // STUCK
`else // EMULATION=1 
//VCS coverage off    
// The emulation model is a simple model which models only basic functionality and contains no test logic or redundancy.
// The model also uses flops wherever possible. Latches are avoided to help close timing on the emulator.
// The unused pins are left floating in the model.

// Register declarations
// enables 
    reg RE_FF,WE_FF,RE_LAT,WE_LAT;
// Addresses 
    reg [7:0] RAFF,WAFF;
// Data 
    reg [81:0] WD_FF;
    reg [81:0] RD_LAT;
 
// Latch the enables
//spyglass disable_block IntClock,W18 
    always @(*) begin 
        if (!CLK) begin
            RE_LAT <= RE; 
            WE_LAT <= WE; 
        end 
    end
//spyglass enable_block IntClock,W18 
            
// Flop the enables : RE/WE/RE_O
    always @(posedge CLK) begin
        RE_FF <= RE; //spyglass disable IntClock
        WE_FF <= WE; //spyglass disable IntClock
    end 

// Gated clock for the read/write operations 
    wire RECLK = CLK & RE_LAT; //spyglass disable GatedClock
    wire WECLK = CLK & WE_LAT; //spyglass disable GatedClock

// Flop the addresses/write data//mask 
    always @(posedge RECLK) 
        RAFF <= RA; //spyglass disable IntClock
    always @(posedge WECLK) begin 
        WAFF <= WA; //spyglass disable IntClock
        WD_FF <= WD; //spyglass disable IntClock
    end 



// Memory 
    reg [81:0] mem[159:0]; 

// write into the memory on negative edge of clock
   wire WRCLK = ~CLK & WE_FF ; //spyglass disable GatedClock
 
    always @(posedge WRCLK)
        mem[WAFF] <= WD_FF; //spyglass disable SYNTH_5130

// Read 
    wire [81:0] dout;
    assign dout = mem[RAFF]; //spyglass disable SYNTH_5130
    reg [81:0] dout_LAT;
    always @(RECLK or dout) 
        if (RECLK) 
            dout_LAT <= dout; //spyglass disable W18
    assign RD = dout_LAT;

`endif // EMULATION
//VCS coverage on    
`endif  // end RAM_INTERFACE
endmodule
`endcelldefine

`ifndef RAM_INTERFACE
`ifndef EMULATION

//memory bank block
module RAM_BANK_RAMPDP_160X82_GL_M2_D2 ( WE, CLK, IDDQ, SVOP, WD, RD, RE, RA, WA
, SLEEP_EN
, RET_EN , clobber_array , clobber_flops 
);

// Input/output port definitions
input  WE, CLK, IDDQ , RE;
input [7:0] SVOP;
input [81:0] WD;
input [7:0] RA, WA;
output [81:0] RD;
input [7:0] SLEEP_EN;

input RET_EN , clobber_array , clobber_flops ; 

// When there is no bypass requested, tie the internal bypass select to 0.
    wire RDBYP = 1'b0;
//Definitions of latches and flops in the design
// *_LAT --> Latched value
// *_LATB --> inverted latch value
// *_FF   --> Flopped version
	reg RE_LATB, RE_FF, WE_LATB, WE_FF;
	reg [7:0] RADR, WADR, WAFF;

    // For non-pipelined rams , capture_dis is disabled
    wire CAPT_DIS = 1'b0;

// Clamp the array access when IDDQ=1
	wire CLAMPB = ~IDDQ;
	wire latffclk = CLK;

// Latch and flop the primary control enables. This is on the unconditional clock.
// spyglass disable_block W18
	always @(*) begin
    // Latch part 
		if(!latffclk & !clobber_flops) begin
            RE_LATB     <= ~RE ;
            // Write Enable 
			WE_LATB     <= ~WE; // spyglass disable IntClock
		end // end if
	end // end always

	always @(*) begin
    // Flop part
		if (latffclk & !clobber_flops) begin
        // Flop outputs of the latches above
            WE_FF      <= ~WE_LATB;
			RE_FF      <= ~RE_LATB;
        end // end if
    end // end always
// spyglass enable_block W18
    
// Conditional clock generation.

// Write enable	and clock
// Clocks are generated when the write enable OR SE == 1 , but SHOLD == 0
    wire we_se   = ~WE_LATB;
	wire WRDCLK  = we_se & latffclk & !clobber_flops; // spyglass disable GatedClock
	wire WADRCLK = WRDCLK;

// Read enable and clock
// There is no SHOLD dependence on the read clocks because these are implemented using loopback flops
// Clocks are generated when the Read enable OR SE == 1
    wire re_se   = ~RE_LATB;
	wire RADRCLK =  re_se & latffclk ;

//  *** The model reads in A , writes in B ***
// Read clock to the memory is off the rising edge of clock
// CLk ==1 , when RE=1 or (SE=1 and SCRE=1) && (ACC_DIS == 1)
// SE=1 and SCRE=1 is needed to force known values into the latches for launch in testmodes.
	wire RECLK   = (~RE_LATB) & CLAMPB & !clobber_flops & !RET_EN & CLK;
// Writes are shifted to the low phase of the clock
// Flopped version of the enables are used to prevent glitches in the clock
// SCWI ==1 prevents writes into the memory
    wire WECLK   = WE_FF &  CLAMPB & !clobber_flops & !RET_EN & ~CLK;
	wire RWSEL   = WE_FF &  CLAMPB & ~CLK;



// Latch read addresses
// spyglass disable_block W18
	always @(*) begin
		if(!RADRCLK & !clobber_flops) begin
			RADR <= RA;
		end // end if
	end // end always


// Flop write address
	always @(posedge WADRCLK) begin
		WAFF <= WA ;
	end
// spyglass enable_block W18


// Force the MSB's to 0 in the SCRE mode. This makes sure that we will always read in from valid addresses for resetting the output latches.
	wire [7:0] RADRSWI = RADR[7:0];
// Select the read address when CLK=1 and write addresses when CLK=0
	wire [7:0] ADR = {8{RWSEL}} & WAFF | ~{8{RWSEL}} & RADRSWI;

	wire [7:0] fusePDEC2;
	wire [7:0] fusePDEC1;
	wire [7:0] fusePDEC0;
    wire fuseien;
// Non repairable rams
    assign fusePDEC2 = {8{1'b0}};
    assign fusePDEC1 = {8{1'b0}};
    assign fusePDEC0 = {8{1'b0}};
    assign fuseien = 0;

//io part
	wire [81:0] WDQ;
	wire [81:0] WDBQ;
	wire [81:0] WMNexp;
	wire [81:0] WMNQ;

// Expand the fuse predec to 512 bits . It follows the 8x8x8 repeat pattern
// We will use only the ones needed for this particular ram configuration and ignore the rest
	wire [511:0] PDEC2 = {{64{fusePDEC2[7]}}, {64{fusePDEC2[6]}}, {64{fusePDEC2[5]}}, {64{fusePDEC2[4]}}, {64{fusePDEC2[3]}}, {64{fusePDEC2[2]}}, {64{fusePDEC2[1]}}, {64{fusePDEC2[0]}}};
	wire [511:0] PDEC1 = {8{{8{fusePDEC1[7]}}, {8{fusePDEC1[6]}}, {8{fusePDEC1[5]}}, {8{fusePDEC1[4]}}, {8{fusePDEC1[3]}}, {8{fusePDEC1[2]}}, {8{fusePDEC1[1]}}, {8{fusePDEC1[0]}}}};
	wire [511:0] PDEC0 = {64{fusePDEC0[7:0]}};
	wire [81:0] BADBIT, SHFT;

// SHIFT<*> == 1 --> No repair at that bit , 0 --> repair at that bit .
// SHIFT<X> == not(and Pdec*<X>) & SHIFT<X-1>
    assign BADBIT = {82{1'b0}};
    assign SHFT   = {82{1'b1}};

    reg [81:0] WDQ_pr;
    wire [81:0] WDBQ_pr;

    assign WMNexp = {82{1'b1}};

    always @(posedge WRDCLK) begin
// Flop write data
		WDQ_pr[81:0]    <= WD & WMNexp;
	end

    assign WDBQ_pr = ~WDQ_pr;

    assign WMNQ = (WDQ | WDBQ);
	assign WDQ  = WDQ_pr;
	assign WDBQ = WDBQ_pr;

    reg [81:0] dout;
	wire [81:0] RD;
	wire RD_rdnt;

	wire [81:0] sel_normal, sel_redun;

// Read bypass is not used for non custom ram
	wire [81:0] RDBYPASS = {82{1'b0}};


// Read bypass will override redunancy mux .
	assign sel_redun  = ~SHFT & ~RDBYPASS;
	assign sel_normal =  SHFT & ~RDBYPASS;

// Non pipelined Read out. This is a 2 to 1 mux with bypass taking priority
	assign RD = sel_normal & dout | RDBYPASS & WDQ_pr;


// FOR SIMULATION ONLY. REMOVE WHEN ASSERTIONS ARE AVAILABLE!
// The following section figures out the unused address space and forces a X out on the reads/prevents writes
// #unusedbits 0 #lowcmidx 1 #cmstep 1 #cm 2 #maxaddr 256
    wire legal, tiedvalid, empadd;
    assign tiedvalid = 1'b1;

// Max address is 160 --> ['1', '0', '0', '1', '1', '1', '1', '1']
// If the address falls within the space covered by valid address bits , but is > NE , then assign 1 to empadd to indicate it is an invalid address
    assign empadd = ADR[7] & ADR[6] |
                    ADR[7] & ADR[5];
// It is a legal input address if it does not fall in the empty space.
    assign legal = tiedvalid & ~empadd ;
    
    wire [81:0] force_x;
`ifndef SYNTHESIS
    assign force_x = {82{1'bx}};
`else 
    assign force_x = {82{1'b0}};
`endif 

// Generate the read and write clocks for the various CM banks
    wire RdClk0,RdClk1;
    wire WrClk0,WrClk1;
    
    assign RdClk0 = RECLK & ~RADRSWI[0];
    assign RdClk1 = RECLK & RADRSWI[0];
    
    assign WrClk0 = WECLK & ~WAFF[0] & legal;
    assign WrClk1 = WECLK & WAFF[0] & legal;
    
    wire [81:0] rmuxd0, rmuxd1;
    wire [81:0] dout0, dout1;

// Mux the way reads onto the final read busa
// Output X's if the address is invalid
//    assign rmuxd0 = legal ? {82{RdClk0}} & ~dout0 : force_x;
//    assign rmuxd1 = legal ? {82{RdClk1}} & ~dout1 : force_x;
    assign rmuxd0 = {82{RdClk0}} & ~dout0 ;
    assign rmuxd1 = {82{RdClk1}} & ~dout1 ;
    always @(RECLK or rmuxd0 or rmuxd1)
    begin
        if (RECLK)
	    begin
            dout[81:0] <= (rmuxd0[81:0] | rmuxd1[81:0]); // spyglass disable W18 
        end
    end
// Instantiate the memory banks. One for each CM .
    RAMPDP_160X82_GL_M2_D2_ram # (80, 82, 7) iow0 (
		WAFF[7:1],
		WrClk0,
        WMNQ,
		WDQ,
		RADRSWI[7:1],
		dout0
	);

    RAMPDP_160X82_GL_M2_D2_ram # (80, 82, 7) iow1 (
		WAFF[7:1],
		WrClk1,
        WMNQ,
		WDQ,
		RADRSWI[7:1],
		dout1
	);

 
`ifndef SYNTHESIS 
// Tasks for initializing the arrays
// Ramgen function for writing the arrays 
//VCS coverage off    
task mem_write_bank;
  input [7:0] addr;
  input [81:0] data;
  reg   [81:0] wdat;
  begin
    wdat = data;
    if (addr[0] == 1'b0) 
        iow0.mem_wr_raw_subbank(addr[7:1], wdat);
    else if (addr[0] == 1'b1)
        iow1.mem_wr_raw_subbank(addr[7:1], wdat);
  end
endtask

// Ramgen function for reading the arrays 
function [81:0] mem_read_bank;
input [7:0] addr;
reg [81:0] memout;
  begin
    if (addr[0] == 1'b0) 
        memout = iow0.mem_read_raw_subbank(addr[7:1]);
    else if (addr[0] == 1'b1)
        memout = iow1.mem_read_raw_subbank(addr[7:1]);
    mem_read_bank = memout;
  end
endfunction
//VCS coverage on    

`endif  //SYNTHESIS

endmodule
`endif // end EMULATION
`endif // end RAM_INTERFACE 

`ifndef RAM_INTERFACE
`ifndef EMULATION
module RAMPDP_160X82_GL_M2_D2_ram (
   wadr,
   wrclk,
   wrmaskn,
   wrdata,
   radr,
   rout_B
);

// default parameters
parameter  words =  80;
parameter  bits  =  82;
parameter  addrs =  7;

// Write address
input  [addrs-1:0] wadr;
// Write clock
input  wrclk;
// Write data
input  [bits-1:0] wrdata;
// Write Mask
input  [bits-1:0] wrmaskn;

// Read address
input  [addrs-1:0] radr;
// Read out
wire   [bits-1:0]  rdarr;
output [bits-1:0] rout_B;


// Memory . words X bits
reg    [bits-1:0]  arr[0:words-1];

`ifdef SIM_and_FAULT
// regs for inducing faults
reg [bits-1:0] fault_no_write; // block writes to this column
reg [bits-1:0] fault_stuck_0;  // column always reads as 0
reg [bits-1:0] fault_stuck_1;  // column always reads as 1
reg [bits-1:0] bit_fault_stuck_0[0:words-1];  // column always reads as 0
reg [bits-1:0] bit_fault_stuck_1[0:words-1];  // column always reads as 1

initial begin : init_bit_fault_stuck
    integer i;
    integer j;
    fault_no_write = {bits{1'b0}};
    fault_stuck_0  = {bits{1'b0}};
    fault_stuck_1  = {bits{1'b0}};
    for ( i =0; i <=words; i=i+1) begin
        bit_fault_stuck_0[i] = {bits{1'b0}};
        bit_fault_stuck_1[i] = {bits{1'b0}};
    end
end
`endif // FAULT

`ifdef SIM_and_MONITOR
//VCS coverage off    
// monitor variables
reg monitor_on;
reg [words-1:0] word_written;
reg [words-1:0] word_read;
reg [bits-1:0] bit_written[0:words-1];
reg [bits-1:0] bit_read[0:words-1];

initial begin : init_monitor
  integer i;
  monitor_on = 1'b0; 
  for(i=0;i<= words-1;i=i+1) begin
      word_written[i] = 1'b0;
      word_read[i] = 1'b0;
      bit_written[i] = {bits{1'bx}};
      bit_read[i] = {bits{1'bx}};
  end
end  
`endif // MONITOR
//VCS coverage on    

// Bit write enable
// Write only when mask=1. Else hold the data.
`ifdef SIM_and_FAULT
// Include fault registers
wire [bits-1:0] bwe = wrmaskn & ~fault_no_write;
`else //SIM_and_FAULT
wire [bits-1:0] bwe = wrmaskn ;
`endif //SIM_and_FAULT
wire [bits-1:0] bitclk = {bits{wrclk}} & bwe ;

integer i;
`ifdef SIM_and_FAULT
always @(bitclk or wadr or wrdata)
`else 
always @(wrclk or wadr or wrdata)
`endif 
begin
`ifdef SIM_and_FAULT
    for (i=0 ; i<bits ; i=i+1) 
    begin
        if (bitclk[i])
            arr[wadr][i] <= wrdata[i]; // spyglass disable SYNTH_5130,W18
    end
`else 
    if (wrclk) 
        arr[wadr] <= wrdata; // spyglass disable SYNTH_5130,W18
`endif
`ifdef SIM_and_MONITOR
//VCS coverage off    
    for (i=0 ; i<bits ; i=i+1) 
    begin
`ifdef SIM_and_FAULT
        if (bitclk[i]) 
`else 
        if (wrclk)
`endif // FAULT
        begin
            // Check which bits are being written. Also track the values as per table below.
            // 1'bx = not accessed
            // 1'b0 = accessed as a 0
            // 1'b1 = accessed as a 1
            // 1'bz = accessed as both 0 and 1 
            if (monitor_on) begin 
				case (bit_written[wadr][i]) // spyglass disable SYNTH_5130,W18
					1'bx: bit_written[wadr][i] = wrdata[i];
					1'b0: bit_written[wadr][i] = wrdata[i] == 1 ? 1'bz : 1'b0;
					1'b1: bit_written[wadr][i] = wrdata[i] == 0 ? 1'bz : 1'b1;
					1'bz: bit_written[wadr][i] = 1'bz;
				endcase
            end
        end // if
    end //for
    if (monitor_on) begin 
    // Word is considered written if any of the bits are written
`ifdef SIM_and_FAULT
        word_written[wadr] <= |(bitclk) | word_written[wadr]; // spyglass disable SYNTH_5130,W18
`else 
        word_written[wadr] <= wrclk | word_written[wadr]; // spyglass disable SYNTH_5130,W18
`endif // FAULT
    end
`endif // MONITOR
//VCS coverage on    
end

`ifdef SIM_and_FAULT
// Include fault registers
wire [bits-1:0] bre = ~(bit_fault_stuck_1[radr] | bit_fault_stuck_0[radr]); // spyglass disable SYNTH_5130
`else //SIM_and_FAULT
wire [bits-1:0] bre = {bits{1'b1}};
`endif //SIM_and_FAULT

// Read the unlatched data out.
`ifdef SIM_and_FAULT
assign rdarr = (~arr[radr] | bit_fault_stuck_0[radr]) & ~bit_fault_stuck_1[radr]; // spyglass disable SYNTH_5130
`else 
assign rdarr = ~arr[radr]; // spyglass disable SYNTH_5130
`endif 

`ifdef SIM_and_MONITOR
//VCS coverage off    
always @radr begin
    // Check if a bit in the word can be read.
    // 1'bx = not accessed
    // 1'b0 = accessed as a 0
    // 1'b1 = accessed as a 1
    // 1'bz = accessed as both 0 and 1 
    if (monitor_on) begin
        for (i=0; i<bits; i=i+1) begin
	        if (bre[i]) begin
	            case (bit_read[radr][i])
				    1'bx: bit_read[radr][i] = rdarr[i];
					1'b0: bit_read[radr][i] = rdarr[i] == 1 ? 1'bz : 1'b0;
					1'b1: bit_read[radr][i] = rdarr[i] == 0 ? 1'bz : 1'b1;
					1'bz: bit_read[radr][i] = 1'bz;
		        endcase
	        end
	    end
    end 
    // Word is marked read only if any of the bits are read.
    word_read[radr] = |(bre);
end
//VCS coverage on    
`endif // MONITOR

`ifndef SYNTHESIS 
assign #0.1 rout_B = rdarr;
`else 
assign  rout_B = rdarr;
`endif

`ifndef SYNTHESIS
// Task for initializing the arrays

//VCS coverage off    
task mem_wr_raw_subbank;
  input [addrs-1:0] addr;
  input [81:0] data;
  begin
    arr[addr] = data;
  end
endtask

// function for array read
function [81:0] mem_read_raw_subbank;
input [addrs-1:0] addr;
	mem_read_raw_subbank = arr[addr];
endfunction

`ifdef FAULT_INJECTION
// BIST Tasks for inducing faults
// induce faults on columns
task mem_fault_no_write_subbank;
  input [bits-1:0] fault_mask;
   begin
    fault_no_write = fault_mask;
  end
endtask

// Stuck at 0 for entire memory
task mem_fault_stuck_0_subbank;
  input [bits-1:0] fault_mask;
  integer i;
   begin
    for ( i=0; i<words; i=i+1 ) begin
      bit_fault_stuck_0[i] = fault_mask;
    end
  end
endtask

// Stuck at 1 for entire memory
task mem_fault_stuck_1_subbank;
  input [bits-1:0] fault_mask;
  integer i;
   begin
    for ( i=0; i<words; i=i+1 ) begin
      bit_fault_stuck_1[i] = fault_mask;
    end
  end
endtask

// Stuck at 0 for specific bit
task set_bit_fault_stuck_0_subbank;
  input r;
  input c;
  integer r;
  integer c;
  bit_fault_stuck_0[r][c] = 1;
endtask

// Stuck at 1 for specific bit
task set_bit_fault_stuck_1_subbank;
  input r;
  input c;
  integer r;
  integer c;
  bit_fault_stuck_1[r][c] = 1;
endtask

// Clear stuck 0 at bit
task clear_bit_fault_stuck_0_subbank;
  input r;
  input c;
  integer r;
  integer c;
  bit_fault_stuck_0[r][c] = 0;
endtask

// Clear stuck 1 at bit
task clear_bit_fault_stuck_1_subbank;
  input r;
  input c;
  integer r;
  integer c;
  bit_fault_stuck_1[r][c] = 0;
endtask
//VCS coverage on    
`endif //STUCK
`endif //SYNTHESIS

endmodule
`endif // end EMULATION
`endif // end RAM_INTERFACE